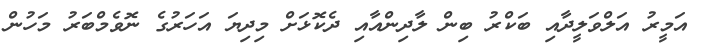
އަމީރު އަލްވަލީދާއި ބަކްރު ބިން ލާދިންއާއި ދެކޮޅަށް މިދިޔަ އަހަރުގެ ނޮވެމްބަރު މަހުން